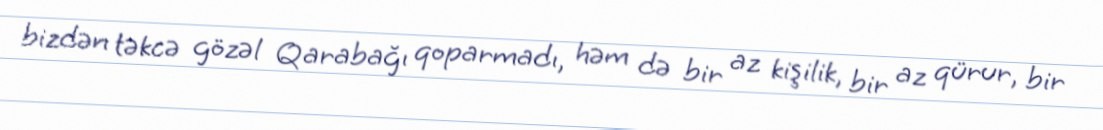
bizdən təkcə gözəl Qarabağı qoparmadı, həm də bir az kişilik, bir az qürur, bir